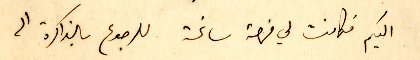
اليكم فكانت لي فرصة سانحة للرجوع بالذاكرة الى